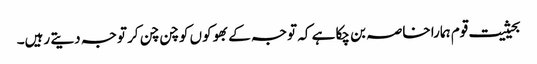
بحیثیت قوم ہمارا خاصہ بن چکا ہے کہ توجہ کے بھوکوں کو چن چن کر توجہ دیتے رہیں۔